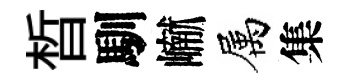
晳馴𪩘属集